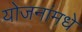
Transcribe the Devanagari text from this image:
योजनांमधे